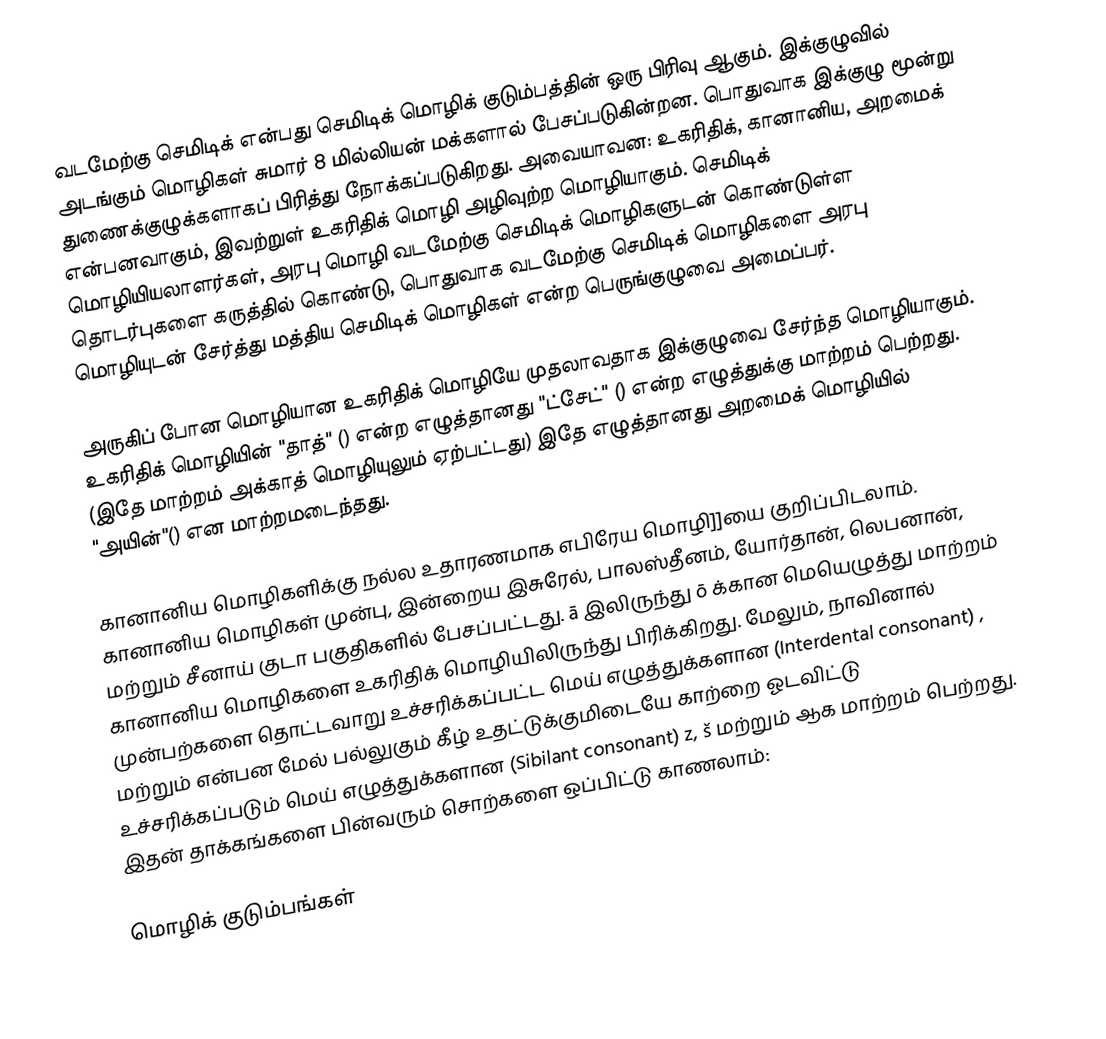
வடமேற்கு செமிடிக் என்பது செமிடிக் மொழிக் குடும்பத்தின் ஒரு பிரிவு ஆகும். இக்குழுவில் அடங்கும் மொழிகள் சுமார் 8 மில்லியன் மக்களால் பேசப்படுகின்றன. பொதுவாக இக்குழு மூன்று துணைக்குழுக்களாகப் பிரித்து நோக்கப்படுகிறது. அவையாவன: உகரிதிக், கானானிய, அறமைக் என்பனவாகும், இவற்றுள் உகரிதிக் மொழி அழிவுற்ற மொழியாகும். செமிடிக் மொழியியலாளர்கள், அரபு மொழி வடமேற்கு செமிடிக் மொழிகளுடன் கொண்டுள்ள தொடர்புகளை கருத்தில் கொண்டு, பொதுவாக வடமேற்கு செமிடிக் மொழிகளை அரபு மொழியுடன் சேர்த்து மத்திய செமிடிக் மொழிகள் என்ற பெருங்குழுவை அமைப்பர்.

அருகிப் போன மொழியான உகரிதிக் மொழியே முதலாவதாக இக்குழுவை சேர்ந்த மொழியாகும். உகரிதிக் மொழியின் "தாத்" () என்ற எழுத்தானது "ட்சேட்" () என்ற எழுத்துக்கு மாற்றம் பெற்றது. (இதே மாற்றம் அக்காத் மொழியுலும் ஏற்பட்டது) இதே எழுத்தானது அறமைக் மொழியில் "அயின்"() என மாற்றமடைந்தது.

கானானிய மொழிகளிக்கு நல்ல உதாரணமாக எபிரேய மொழி]]யை குறிப்பிடலாம். கானானிய மொழிகள் முன்பு, இன்றைய இசுரேல், பாலஸ்தீனம், யோர்தான், லெபனான், மற்றும் சீனாய் குடா பகுதிகளில் பேசப்பட்டது. ā இலிருந்து ō க்கான மெயெழுத்து மாற்றம் கானானிய மொழிகளை உகரிதிக் மொழியிலிருந்து பிரிக்கிறது. மேலும், நாவினால் முன்பற்களை தொட்டவாறு உச்சரிக்கப்பட்ட மெய் எழுத்துக்களான (Interdental consonant)  ,  மற்றும்  என்பன மேல் பல்லுகும் கீழ் உதட்டுக்குமிடையே காற்றை ஓடவிட்டு உச்சரிக்கப்படும் மெய் எழுத்துக்களான (Sibilant consonant)  z, š மற்றும்  ஆக மாற்றம் பெற்றது. இதன் தாக்கங்களை பின்வரும் சொற்களை ஒப்பிட்டு காணலாம்:

மொழிக் குடும்பங்கள்